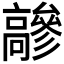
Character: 𩫦